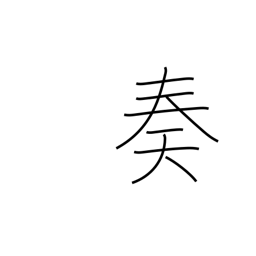
Meaning: complete